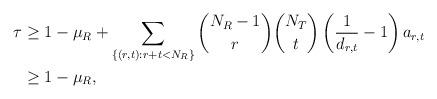
LaTeX: \begin{align*}\tau&\ge 1-\mu_R+\sum_{\{(r,t):r+t<N_R\}}\binom{N_R-1}{r}\binom{N_T}{t}\left(\frac{1}{d_{r,t}}-1\right)a_{r,t}\\&\ge1-\mu_R,\end{align*}